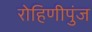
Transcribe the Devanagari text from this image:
रोहिणीपुंज